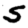
Digit: 5